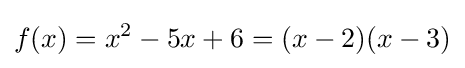
f(x)=x^{2}-5x+6=(x-2)(x-3)